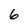
Character: 6